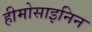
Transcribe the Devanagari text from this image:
हीमोसाइनिन